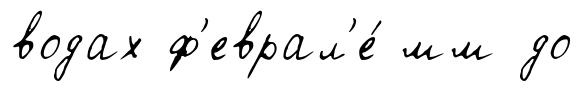
водах ф'еврал'е́ мм до